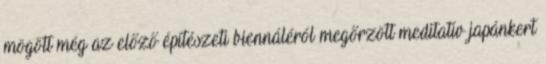
mögött még az előző építészeti biennáléról megőrzött meditatív japánkert